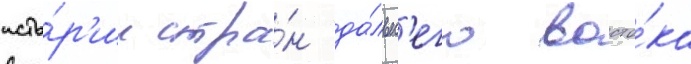
исто́р'ии стра́н да́льн'его восто́ка